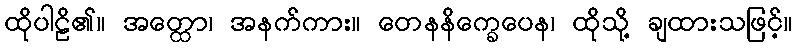
ထိုပါဠိ၏။ အတ္ထော၊ အနက်ကား။ တေနနိက္ခေပေန၊ ထိုသို့ ချထားသဖြင့်။